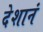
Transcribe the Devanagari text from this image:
देशानं